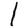
Digit: 1